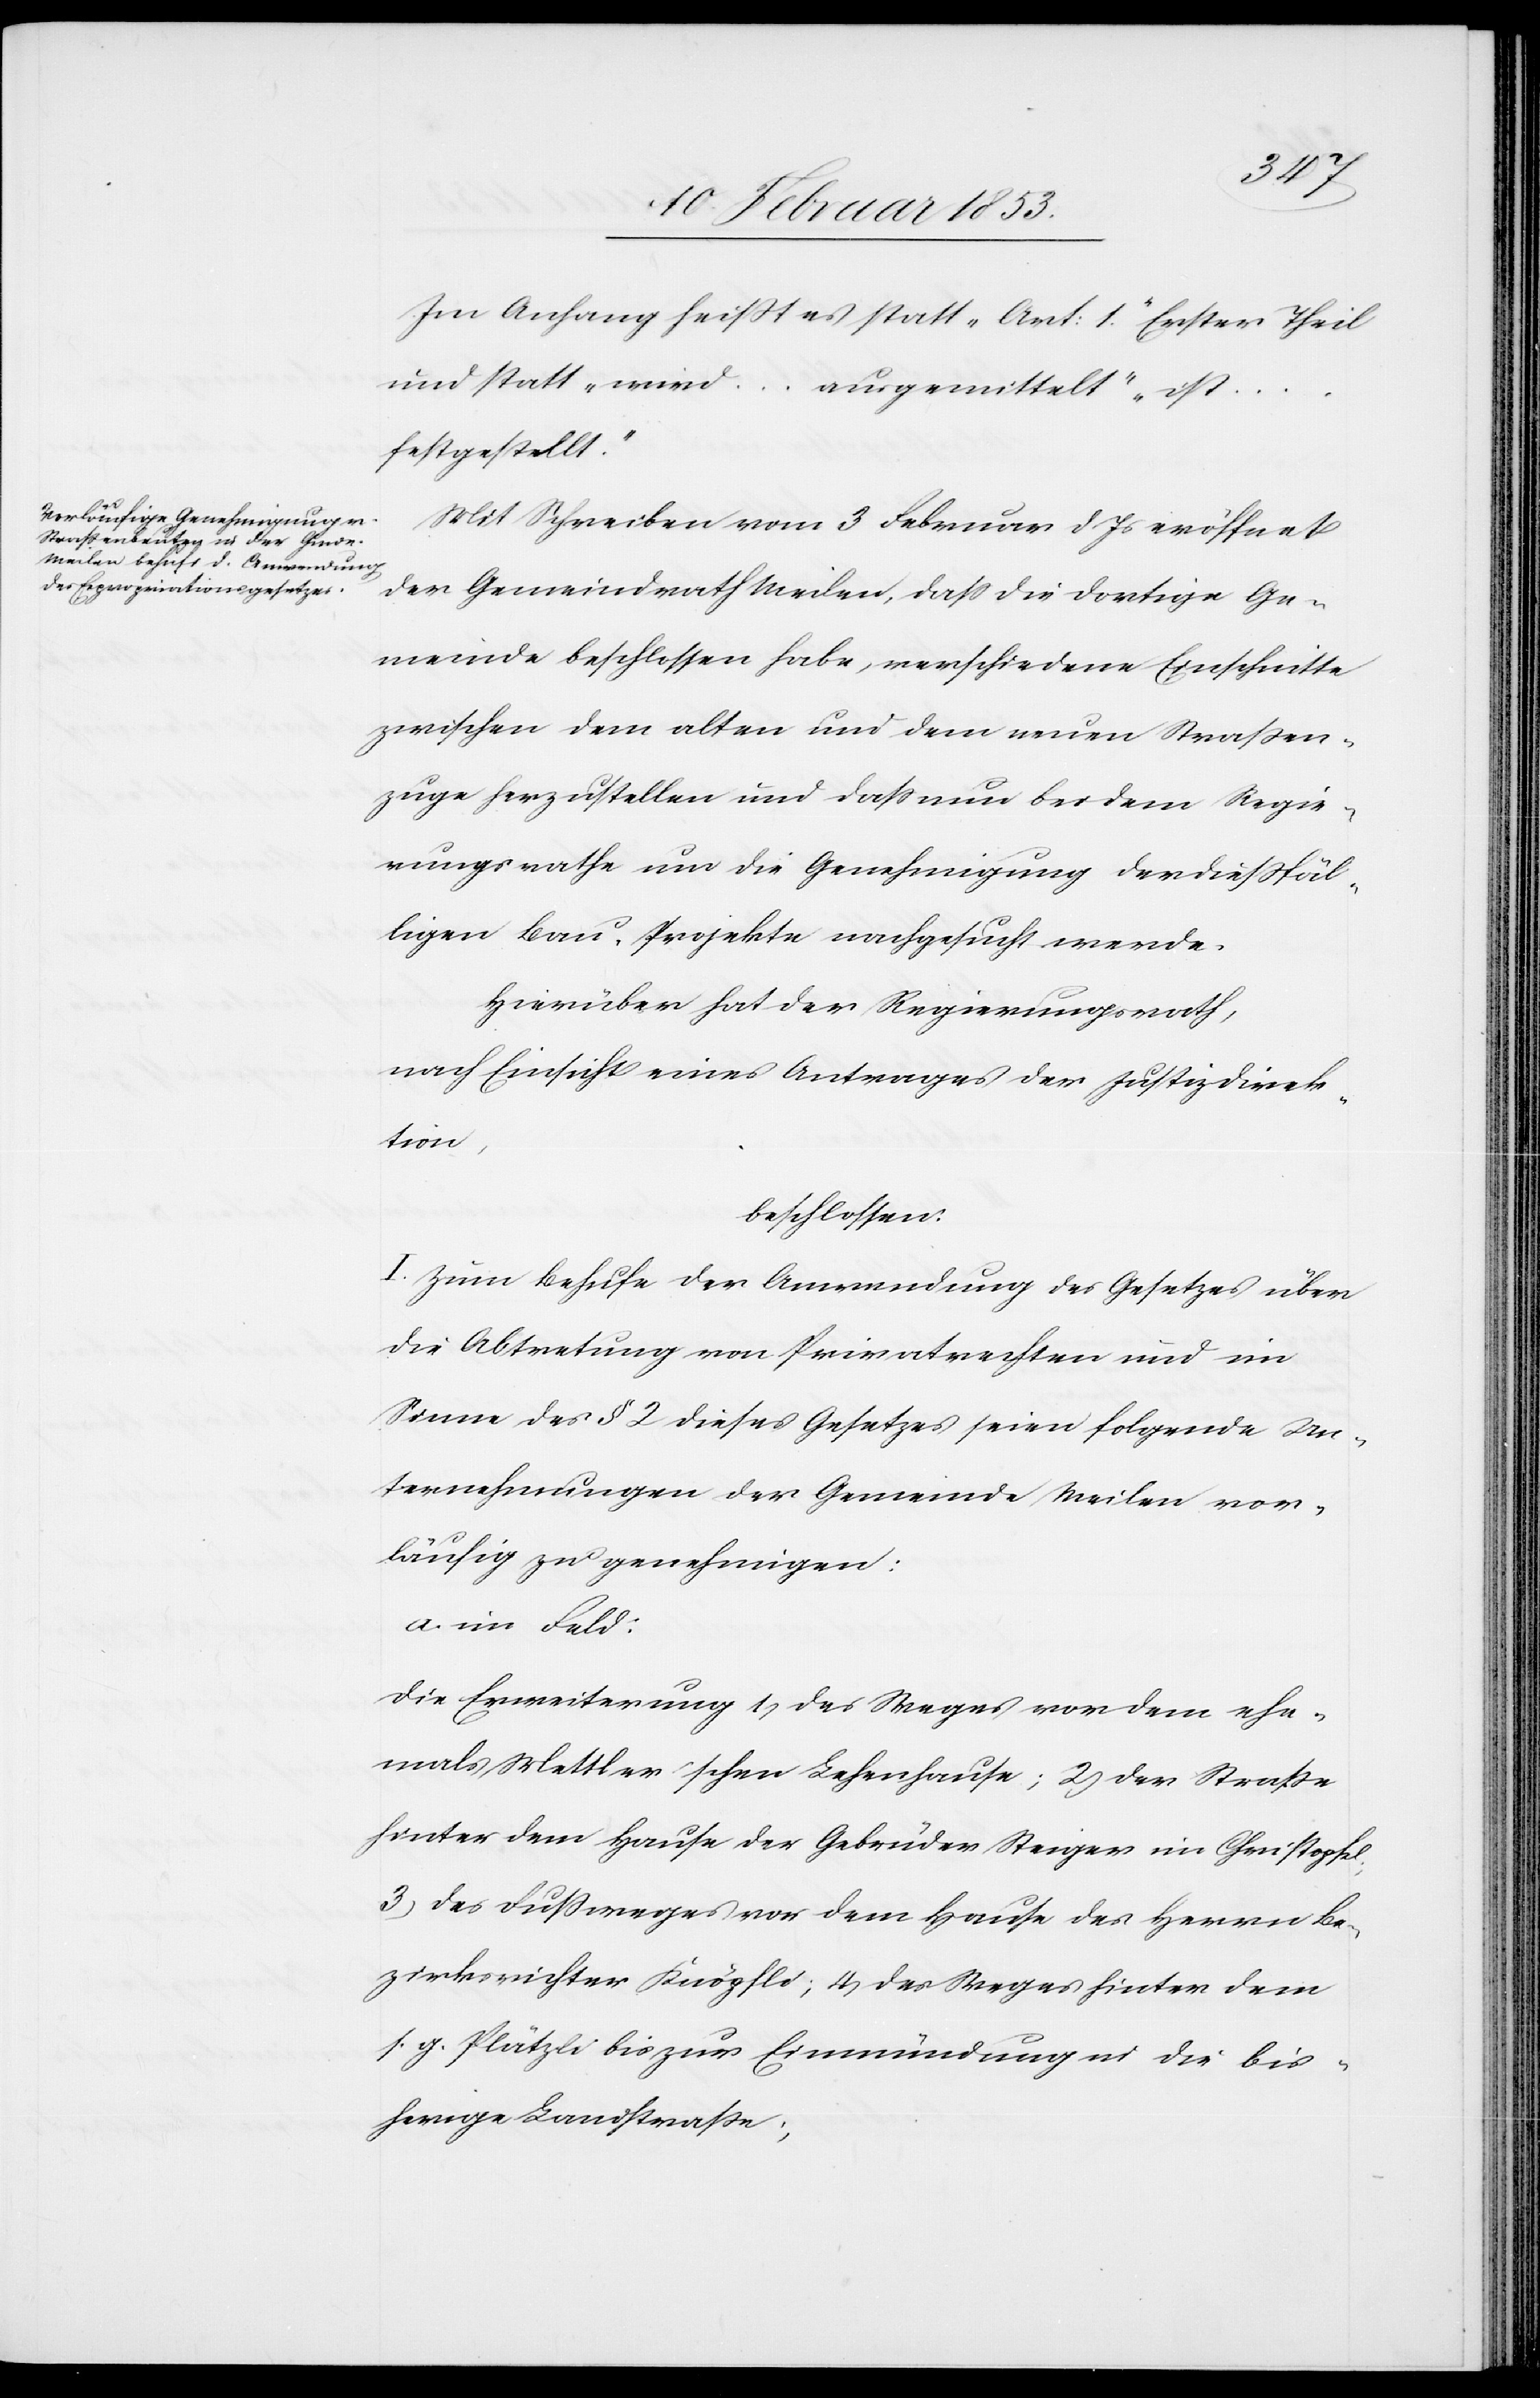
Im Anhang heißt es statt „Art: 1.“ Erster Theil
und statt „einer…ausgemittelt“ „ist…f¬
estgestellt.“
Mit Schreiben vom 3 Februar d. Js. eröffnet
der Gemeindrath Weiler, daß die dortige Ge¬
meinde beschlossen habe, verschiedene Einschnitte
zwischen dem alten und dem neuen Straßen¬
zuge herzustellen und daß nun bei dem Regie¬
rungsrathe um die Genehmigung der dießfäl¬
ligen Bau-Projekte nachgesucht werde.
Hierüber hat der Regierungsrath,
nach Einsicht eines Antrages der Justizdirek¬
tion,
beschlossen
I. Zum Behufe der Anwendung des Gesetzes über
die Abtretung von Privatrechten und im
Sinne des § 2 dieses Gesetzes seien folgende Un¬
ternehmungen der Gemeinde Meilen vor¬
läufig zu genehmigen:
a. im Feld:
Die Erweiterung 1, des Steges vor dem ehe¬
mals Mettler’schen Lehenhause; 2, der Straße
hinter dem Hause der Gebrüder Steiger im Christophel
3, des Fußweges vor dem Hause der Herrn Be¬
zirksrichter Knöpfle; 4, des Weges hinter dem
s. g. Plätzli bis zur Einmündung in die bis¬
herige Landstraße,